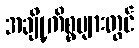
အချို့ကိစ္စများတွင်